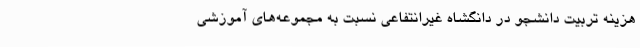
هزینه تربیت دانشجو در دانگشاه غیرانتفاعی نسبت به مجموعه‌های آموزشی